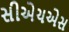
સીએચએસ